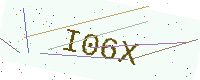
Text: I06X